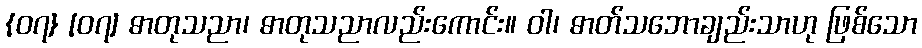
{၀၇} [၀၇] ဓာတုသညာ၊ ဓာတုသညာလည်းကောင်း။ ဝါ၊ ဓာတ်သဘောချည်းသာဟု ဖြစ်သော